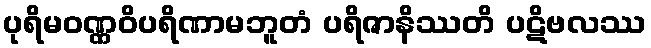
ပုရိမဝဏ္ဏဝိပရိဏာမဘူတံ ပရိဇာနိဿတိ ပဋိဗလဿ